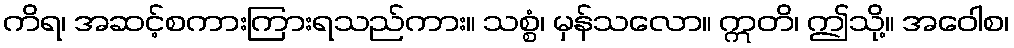
ကိရ၊ အဆင့်စကားကြားရသည်ကား။ သစ္စံ၊ မှန်သလော။ ဣတိ၊ ဤသို့။ အဝေါစ၊